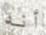
أنه